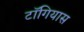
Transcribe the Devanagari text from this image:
टॉगियास